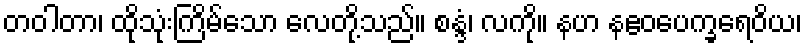
တဝါတာ၊ ထိုသုံးကြိမ်သော လေတို့သည်။ စန္ဒံ၊ လကို။ နဟ နဧဝပေက္ခရေဝိယ၊